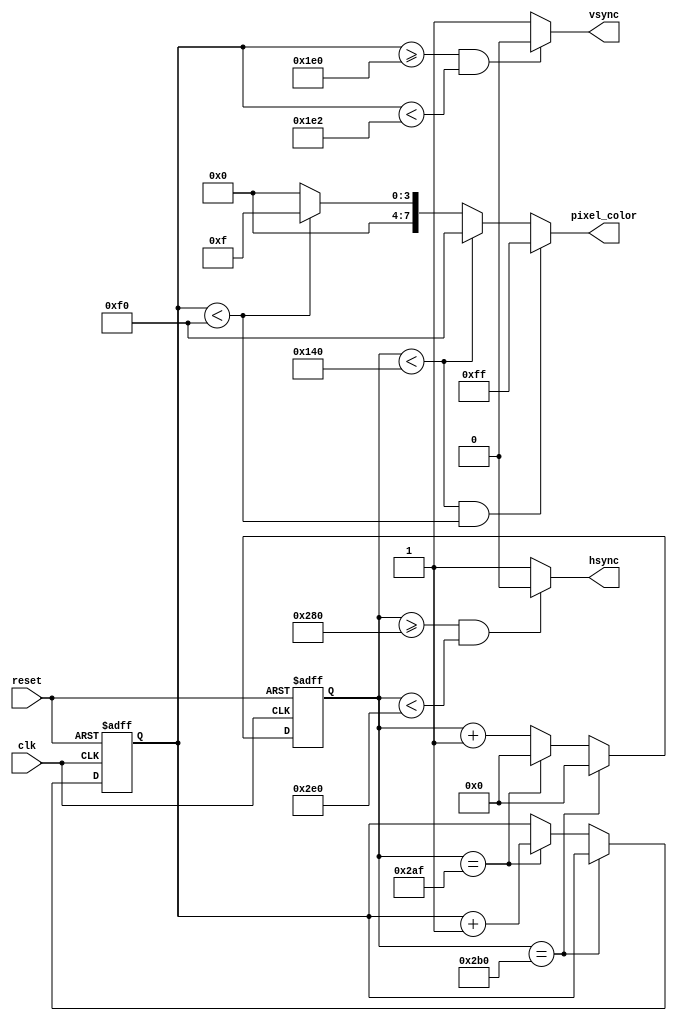
module VGA_controller (
    input wire clk, // Clock signal
    input wire reset, // Reset signal
    output wire hsync, // Horizontal synchronization signal
    output wire vsync, // Vertical synchronization signal
    output reg [7:0] pixel_color // Pixel color data
);

// Parameters for VGA resolution
parameter H_RES = 640; // Horizontal resolution
parameter V_RES = 480; // Vertical resolution
parameter H_SYNC_PULSE = 96; // Horizontal sync pulse width
parameter V_SYNC_PULSE = 2; // Vertical sync pulse width
parameter H_SYNC_BACK = 48; // Horizontal sync back porch
parameter V_SYNC_BACK = 33; // Vertical sync back porch

// Registers for current pixel coordinates
reg [9:0] h_count; // Horizontal counter
reg [8:0] v_count; // Vertical counter

// Timing logic
always @ (posedge clk or posedge reset)
begin
    if (reset)
    begin
        h_count <= 0;
        v_count <= 0;
    end
    else
    begin
        if (h_count == H_RES + H_SYNC_BACK)
            h_count <= 0;
        else if (v_count == V_RES + V_SYNC_BACK)
            v_count <= 0;
        else if (h_count == H_RES + H_SYNC_BACK - 1 && v_count == V_RES + V_SYNC_BACK - 1)
        begin
            h_count <= 0;
            v_count <= 0;
        end
        else
        begin
            if (h_count == H_RES + H_SYNC_BACK - 1)
            begin
                h_count <= 0;
                v_count <= v_count + 1;
            end
            else
                h_count <= h_count + 1;
        end
    end
end

// Horizontal synchronization signal
assign hsync = (h_count >= H_RES && h_count < H_RES + H_SYNC_PULSE) ? 1'b0 : 1'b1;

// Vertical synchronization signal
assign vsync = (v_count >= V_RES && v_count < V_RES + V_SYNC_PULSE) ? 1'b0 : 1'b1;

// Pixel color determination based on current coordinates
always @ *
begin
    // Example code for pixel color determination based on the current coordinates
    if (h_count < H_RES/2 && v_count < V_RES/2)
        pixel_color = 8'b11111111; // White
    else if (h_count < H_RES/2)
        pixel_color = 8'b11110000; // Red
    else if (v_count < V_RES/2)
        pixel_color = 8'b00001111; // Blue
    else
        pixel_color = 8'b00000000; // Black
end

// Outputting the pixel data to the VGA display
// This logic should be implemented based on the desired output interface

endmodule